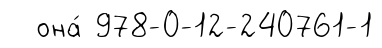
она́ 978-0-12-240761-1